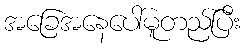
အခြေအနေပေါ်မူတည်ပြီး